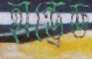
হান্ড্রেড